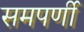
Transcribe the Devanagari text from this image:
समपर्णी